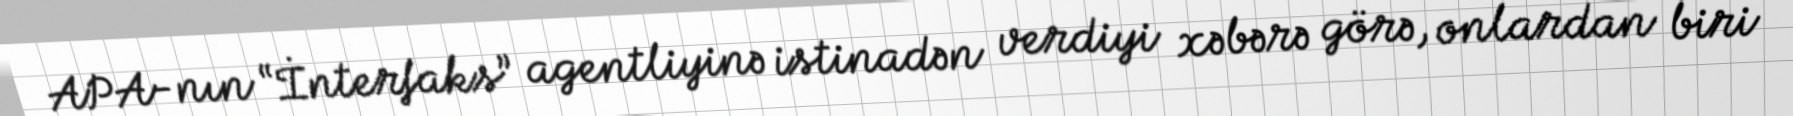
APA-nın “İnterfaks” agentliyinə istinadən verdiyi xəbərə görə, onlardan biri